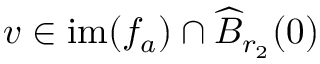
v \in \mathrm { i m } ( f _ { a } ) \cap \widehat { B } _ { r _ { 2 } } ( 0 )